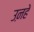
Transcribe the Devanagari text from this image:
उऩहे